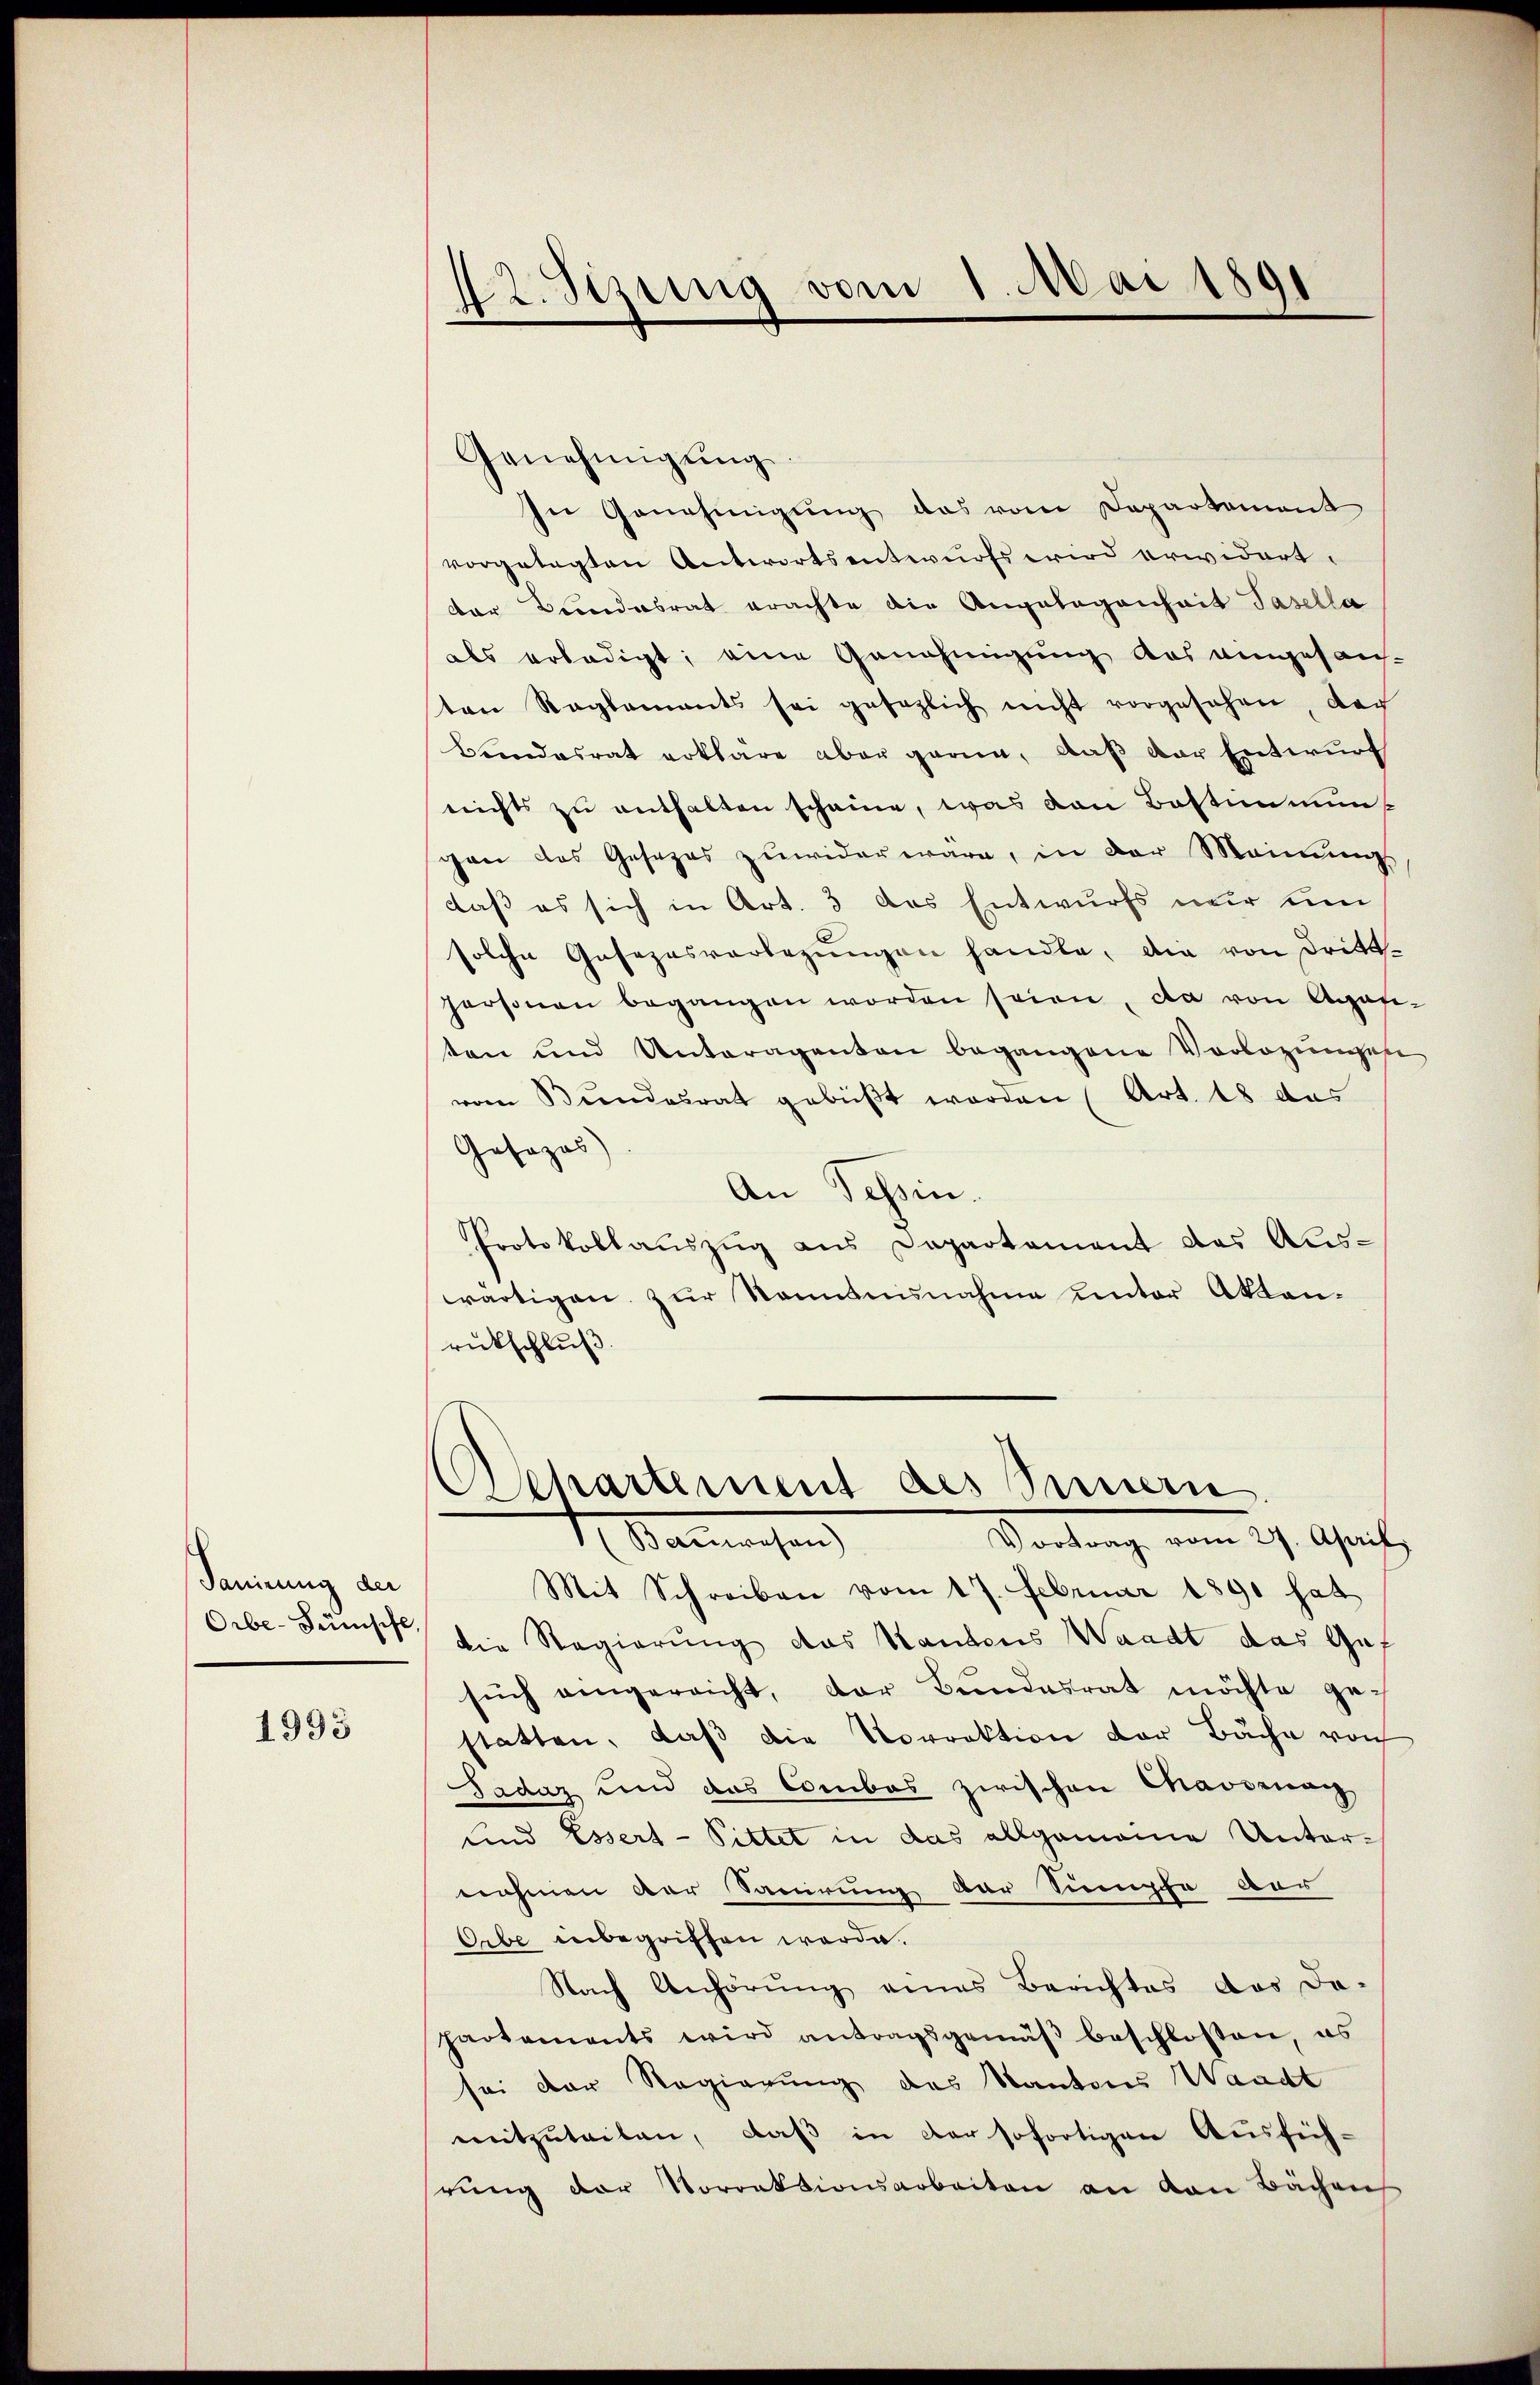
Sanirung der
Orbe-Fünisfe

1995

42. Sizung vom 1. Mai 1891

Genehmigŭng.
In Genehmigung das vom Departement
vorgelegten Antwortsentwurfs wird erwidert.
der Bundesrat erachte die Angelegenheit Pasella
als erledigt, eine Genehmigung des eingesan-
ten Reglements sei gesezlich nicht vorgesehen der
Bandesrat erkläre aber garn, daß der Entwurf
nichts zŭ enthalten scheine, was von Bestimmungen das Gesezes zuwider wäre, in der Meinungs
daß es sich in Art. 3 das Entwurfs nur um
solche Gesezesvorlegŭngen handle, die von Drittpersonen begangen worden seien, da von Agafe-
ten und Unteragenten begangene Vorlegungese
vom Bundesrat gebüßt worden (Art. 18 das
Josozas)
An Tessin.
Protokollauszug aus Departement des Aus-
wärtigen zur Kenntnisnahme unter Aktenrückschluß.
Departement des Innern
1. Mannesen
Vortrag vom 27. April.
Mit Schreiben vom 17. Februar 1890 hat
die Regierung des Kantons Waadt das Gef
such angereicht, der Bundesrat möchte gestatten, daß die Vorrektion der Bäche von
Sadaz und das Combas zwischen Chaodrung
und Essert - Pittet in das allgemeine Unternehmen der Sanirung der Sumpfe vor
Orbe inbegriffen werde.
Nach Anhörung eines Berichtes das da-
partements wird antragsgemäβ beschloßen, es
sei der Regierung des Kanton Waadt
mitzuteiten, daß in der sofortigen Ausfüh-
rŭng der Vorrektionsarbeiten an den Bächen